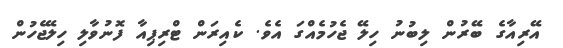
އޭރިއާގެ ބޭރުން ލިބުނު ހިލޭ ޖެހުމެއްގަ އެވެ. ކެއިރަން ޓްރިޕިއާ ފޮނުވާލި ހިލޭޖެހުން